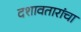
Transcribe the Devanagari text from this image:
दशावतारांचा